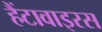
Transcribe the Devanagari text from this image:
हैंटावाइरस